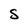
Character: S